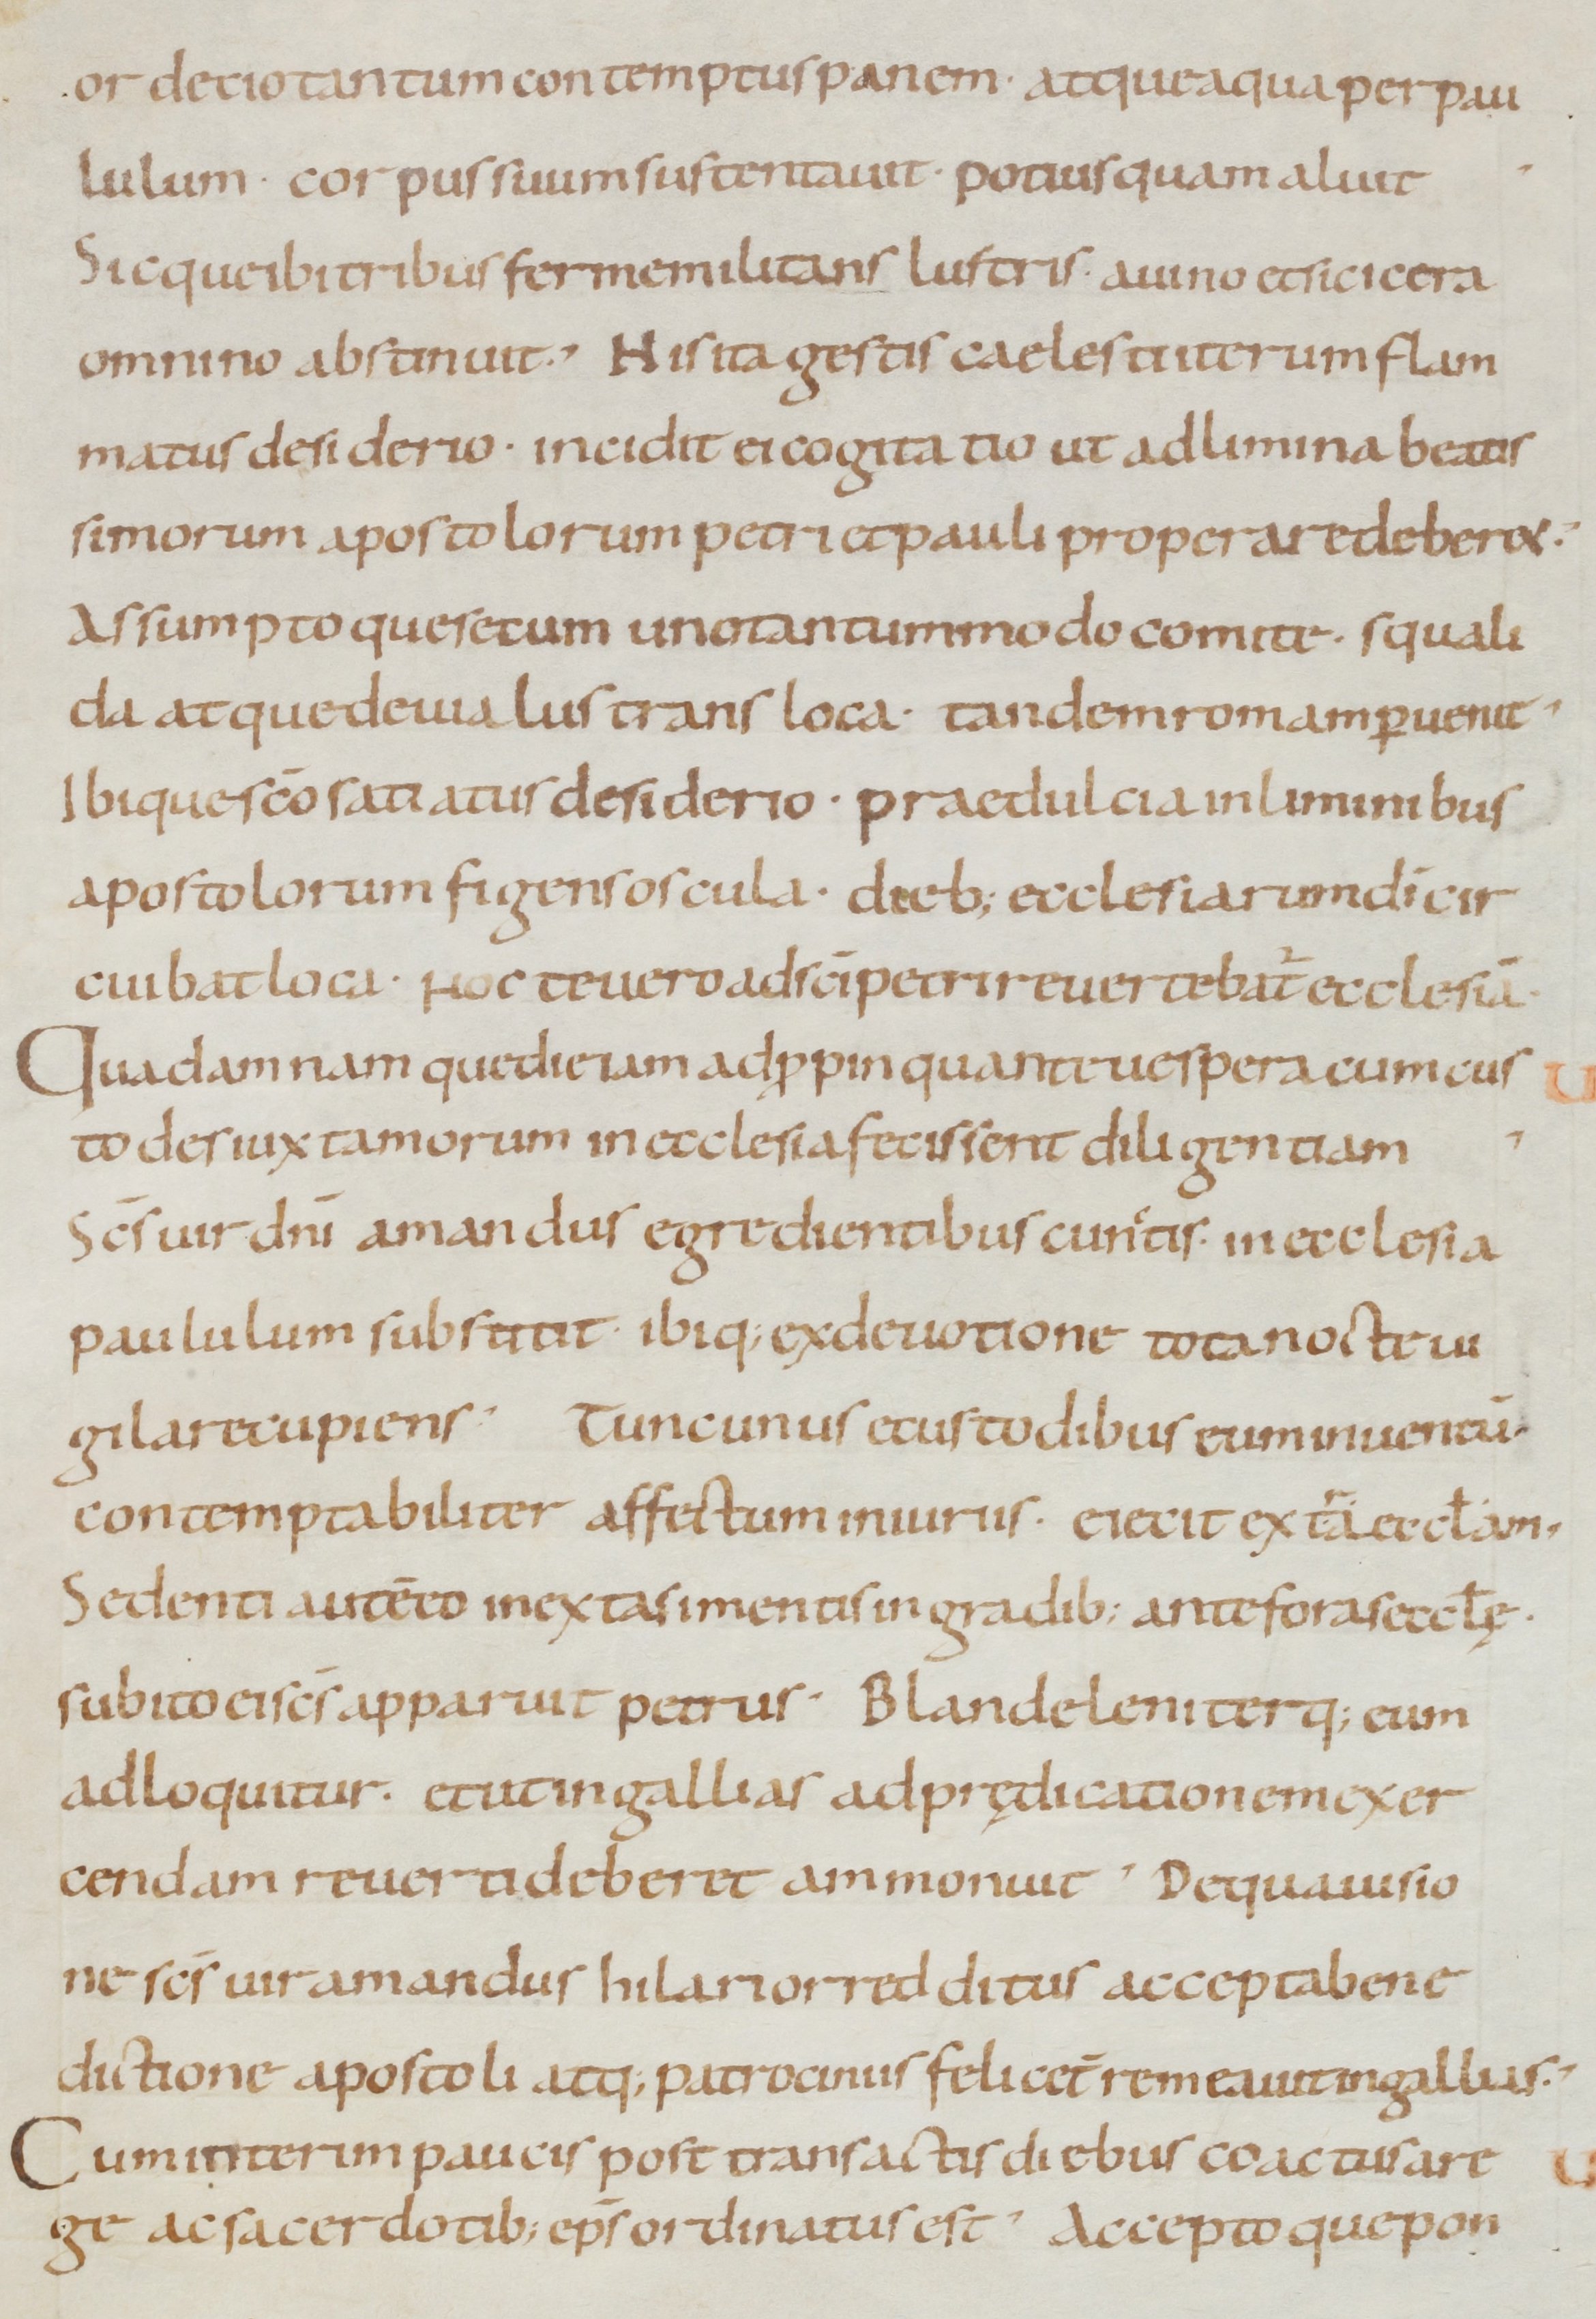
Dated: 800–999